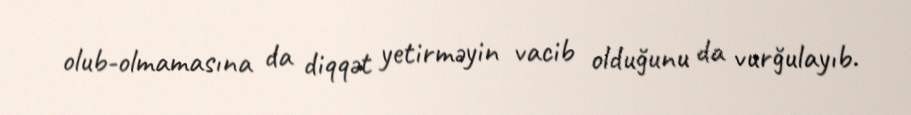
olub-olmamasına da diqqət yetirməyin vacib olduğunu da vurğulayıb.